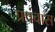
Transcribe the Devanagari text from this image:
प्रपंचास